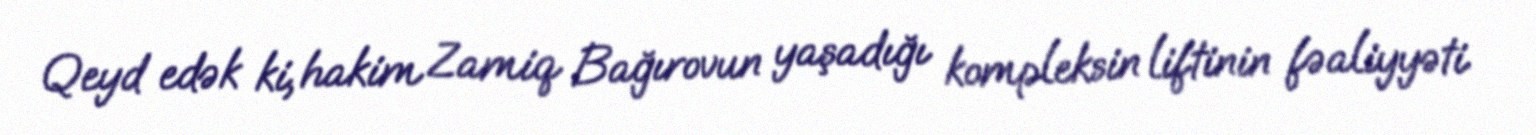
Qeyd edək ki, hakim Zamiq Bağırovun yaşadığı kompleksin liftinin fəaliyyəti